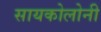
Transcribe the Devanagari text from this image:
सायकोलोनी